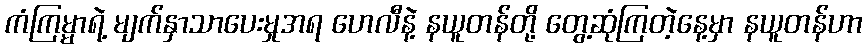
ကံကြမ္မာရဲ့ မျက်နှာသာပေးမှုအရ ဟေလီနဲ့ နယူတန်တို့ တွေ့ဆုံကြတဲ့နေ့မှာ နယူတန်ဟာ